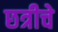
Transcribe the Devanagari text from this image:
छत्रीचे